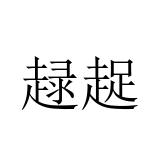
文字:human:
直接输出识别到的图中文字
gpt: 趢趗